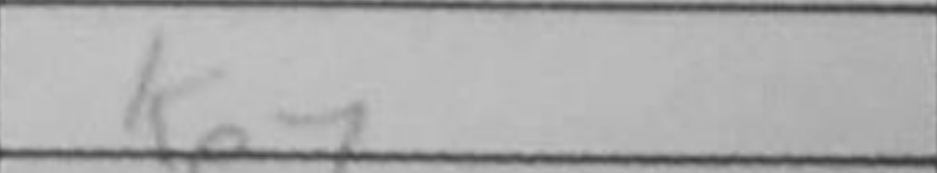
Transcription: Ke7